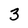
Character: 3